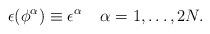
LaTeX: \begin{align*}\epsilon (\phi^\alpha )\equiv \epsilon ^\alpha \;\;\;\;\alpha =1,\ldots,2N.\end{align*}